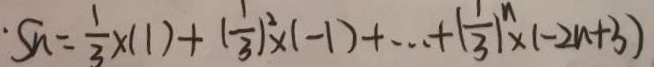
\cdot S _ { n } = \frac { 1 } { 3 } \times ( 1 ) + ( \frac { 1 } { 3 } ) ^ { 2 } \times ( - 1 ) + \cdots + ( \frac { 1 } { 3 } ) ^ { n } \times ( - 2 n + 3 )